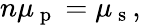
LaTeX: n\mu_{\mathrm{~p~}}=\mu_{\mathrm{~s~}},